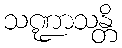
သဏ္ဍာသန္တိ